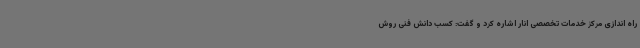
راه اندازی مرکز خدمات تخصصی انار اشاره کرد و گفت: کسب دانش فنی روش